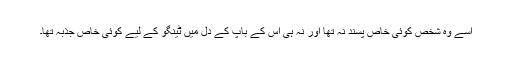
اسے وہ شخص کوئی خاص پسند نہ تھا اور نہ ہی اس کے باپ کے دل میں ٹینگو کے لیے کوئی خاص جذبہ تھا۔